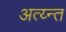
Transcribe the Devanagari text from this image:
अत्य्न्त